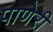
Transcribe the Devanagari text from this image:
पाणेरी